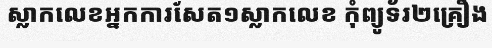
ស្លាកលេខអ្នកការសែត១ស្លាកលេខ កុំព្យូទ័រ២គ្រឿង